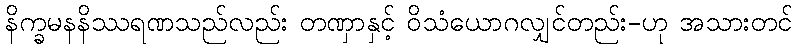
နိက္ခမနနိဿရဏသည်လည်း တဏှာနှင့် ဝိသံယောဂလျှင်တည်း-ဟု အသားတင်